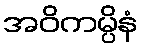
အဝိကမ္ပိနံ